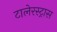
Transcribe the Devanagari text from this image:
टालेरस्ट्रास